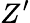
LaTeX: Z^{\prime}